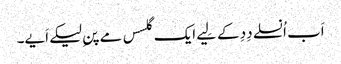
اَب اُنسلے دِدِ کے لِیے ایک گلسس مے پنِ لیکے اَیے۔